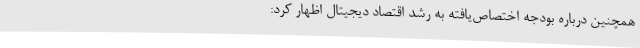
همچنین درباره بودجه اختصاص‌یافته به رشد اقتصاد دیجیتال اظهار کرد: